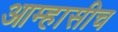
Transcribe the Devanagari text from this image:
आम्हासीच